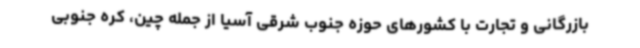
بازرگانی و تجارت با کشورهای حوزه جنوب شرقی آسیا از جمله چین، کره جنوبی